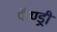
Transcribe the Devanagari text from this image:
फॅण्ड्री